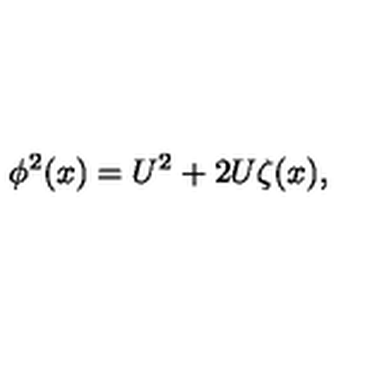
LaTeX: \phi ^ { 2 } ( x ) = U ^ { 2 } + 2 U \zeta ( x ) ,